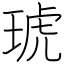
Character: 琥